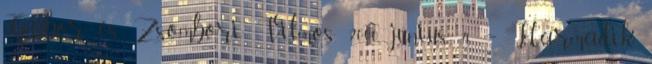
Gábor és Zsombori Vilmos. 2000. június 4. – Harmadik